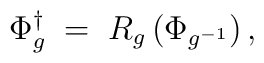
\Phi^\dagger_g \; = \; R_g \left( \Phi_{g^{-1}} \right),